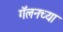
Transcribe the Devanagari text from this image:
गॅलनच्या